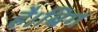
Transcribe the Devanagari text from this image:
है।बिग